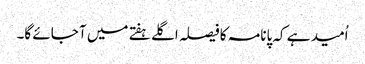
اُمید ہے کہ پانامہ کا فیصلہ اگلے ہفتے میں آ جائے گا۔